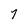
Character: 7